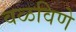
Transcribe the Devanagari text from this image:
वळविणे